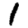
Digit: 1